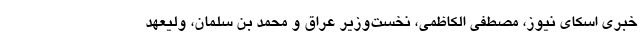
خبری اسکای نیوز، مصطفی الکاظمی، نخست‌وزیر عراق و محمد بن سلمان، ولیعهد